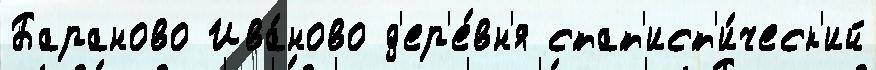
Бараново Ива́ново д'ер'е́вн'я стат'ист'и́ческ'ий